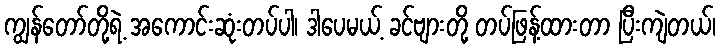
ကျွန်တော်တို့ရဲ့ အကောင်းဆုံးတပ်ပါ၊ ဒါပေမယ့် ခင်ဗျားတို့ တပ်ဖြန့်ထားတာ ပြီးကျဲတယ်၊